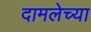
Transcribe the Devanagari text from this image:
दामलेच्या